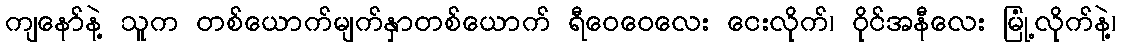
ကျနော်နဲ့ သူက တစ်ယောက်မျက်နှာတစ်ယောက် ရီဝေဝေလေး ငေးလိုက်၊ ဝိုင်အနီလေး မြုံ့လိုက်နဲ့၊